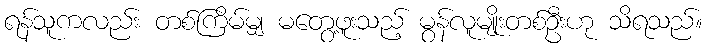
ရန်သူကလည်း တစ်ကြိမ်မျှ မတွေ့ဖူးသည့် မွန်လူမျိုးတစ်ဦးဟု သိရသည်။